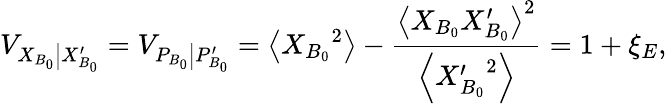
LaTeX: {{V}_{\left.{{X}_{B_{0}}}\right|X_{B_{0}}^{\prime}}}={{V}_{\left.{{P}_{B_{0}}}\right|P_{B_{0}}^{\prime}}}=\left\langle{{X}_{B_{0}}}^{2}\right\rangle-\frac{{{\left\langle{{X}_{B_{0}}}X_{B_{0}}^{\prime}\right\rangle}^{2}}}{\left\langle X{{_{B_{0}}^{\prime}}^{2}}\right\rangle}=1+{{\xi}_{E}},